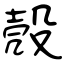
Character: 殻